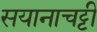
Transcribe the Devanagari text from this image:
सयानाचट्टी